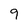
Character: 9